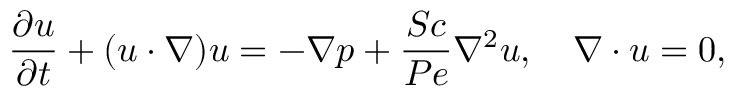
\gdef \thesubequation { \theequation \mathrm { ~ \textit ~ { ~ a ~ } ~ } , \textit { b } } \frac { \partial \boldsymbol { u } } { \partial t } + ( \boldsymbol { u } \cdot \nabla ) \boldsymbol { u } = - \nabla p + \frac { S c } { P e } \nabla ^ { 2 } \boldsymbol { u } , \quad \boldsymbol { \nabla } \cdot \boldsymbol { u } = 0 ,